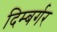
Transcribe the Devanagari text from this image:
दिम्बर्गर